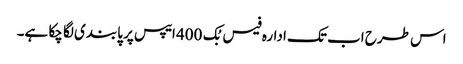
اس طرح اب تک ادارہ فیس بُک 400 ایپس پر پابندی لگا چکا ہے۔